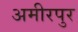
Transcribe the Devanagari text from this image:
अमीरपुर